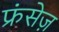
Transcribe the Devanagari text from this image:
फ्रंसेज़